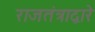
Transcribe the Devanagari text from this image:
राजतंत्राद्वारे